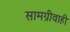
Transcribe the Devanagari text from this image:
सामग्रीवाही